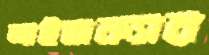
আইজক্যার